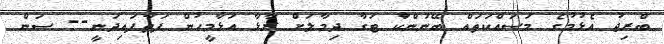
ބްރިޖު އެޅުމުގެ މަސައްކަތައް ބޭނުންކުާ ޓަގާ ދިމާލަށް ރާޅާ އަޅާމީހުން ފަތާފައިދަނީ-- ސަން